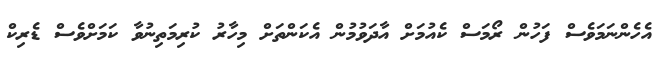
އެހެންނަމަވެސް ފަހުން ރޯމަސް ކެއުމަށް އާދަވުމުން އެކަންތަށް މިހާރު ކުރިމަތިނުވާ ކަމަށްވެސް ޑެރިކް